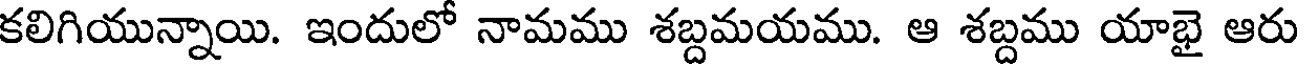
కలిగియున్నాయి. ఇందులో నామము శబ్దమయము. ఆ శబ్దము యాభై ఆరు